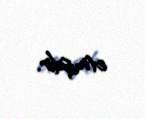
etmişdir.